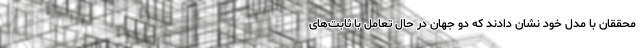
محققان با مدل خود نشان دادند که دو جهان در حال تعامل با ثابت‌های